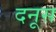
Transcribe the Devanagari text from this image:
दनूस